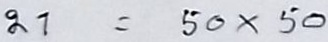
21 = 50 x 50